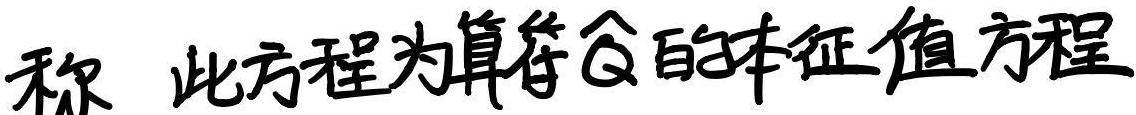
称 此方程为算符$\hat{Q}$的本征值方程